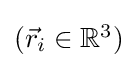
{\textstyle ({\vec {r}}_{i}\in \mathbb {R} ^{3})}